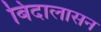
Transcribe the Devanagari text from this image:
बिदालासन